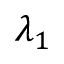
\lambda _ { 1 }